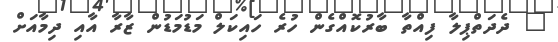
" ދެދަތްޕިލާ ފިއްތާ ބާރުކޮއްގެން ހުރެ ހައިކަލް މަޑުމަޑުން ޒާރާ އާއި ދިމާއަށް